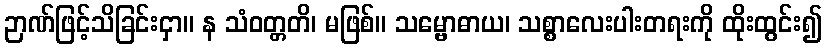
ဉာဏ်ဖြင့်သိခြင်းငှာ။ န သံဝတ္တတိ၊ မဖြစ်။ သမ္ဗောဓာယ၊ သစ္စာလေးပါးတရးကို ထိုးထွင်း၍